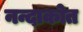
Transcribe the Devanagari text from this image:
नन्दाकोत